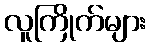
လူကြိုက်များ